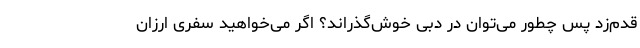
قدم‌زد پس چطور می‌توان در دبی خوش‌گذراند؟ اگر می‌خواهید سفری ارزان